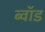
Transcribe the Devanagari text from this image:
ब्वॉड